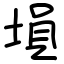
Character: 塤